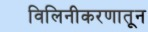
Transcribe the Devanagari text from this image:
विलिनीकरणातून